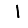
Digit: 1